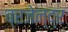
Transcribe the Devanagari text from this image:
ब्रजेन्‍द्र